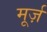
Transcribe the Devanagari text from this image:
मूर्ज़